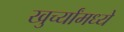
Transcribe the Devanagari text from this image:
खुर्च्यांमध्ये